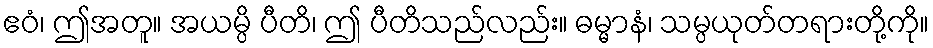
ဧဝံ၊ ဤအတူ။ အယမ္ပိ ပီတိ၊ ဤ ပီတိသည်လည်း။ ဓမ္မာနံ၊ သမ္ပယုတ်တရားတို့ကို။